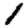
Digit: 1